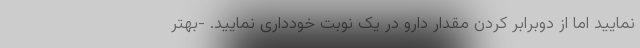
نمایید اما از دوبرابر کردن مقدار دارو در یک نوبت خودداری نمایید. -بهتر